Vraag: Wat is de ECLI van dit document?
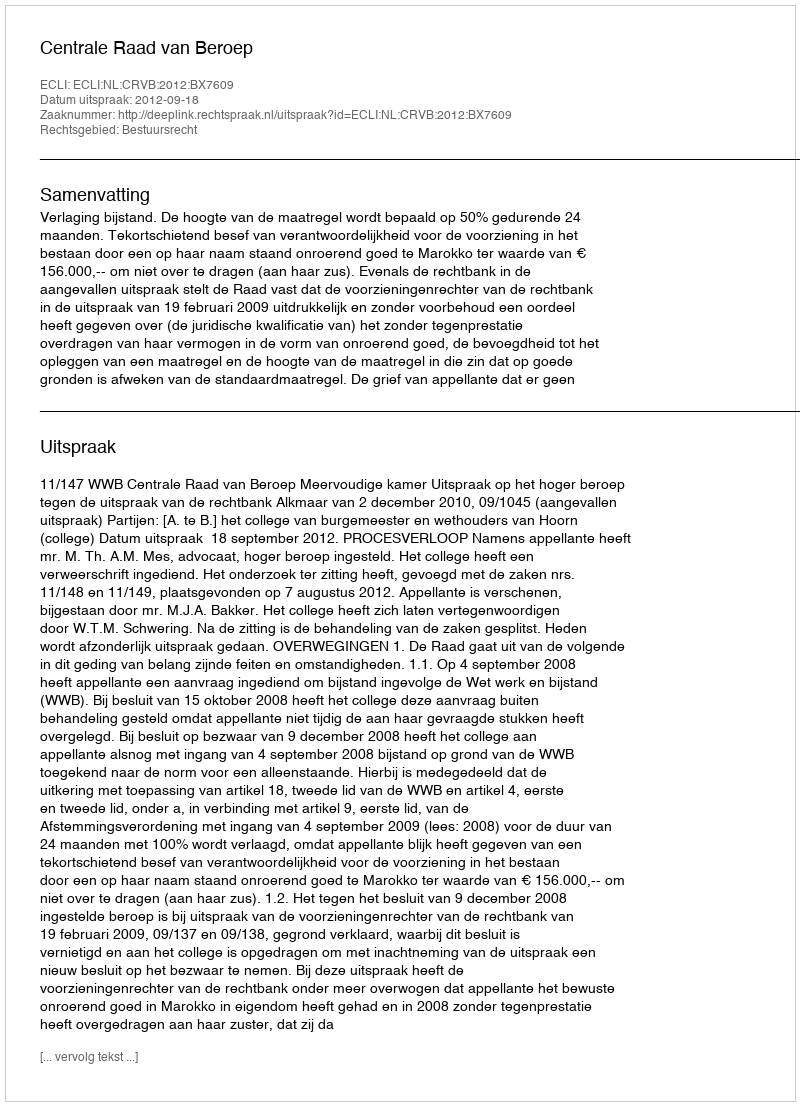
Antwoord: ECLI:NL:CRVB:2012:BX7609